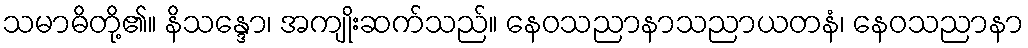
သမာဓိတို့၏။ နိသန္ဒော၊ အကျိုးဆက်သည်။ နေဝသညာနာသညာယတနံ၊ နေဝသညာနာ